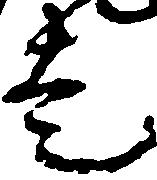
走